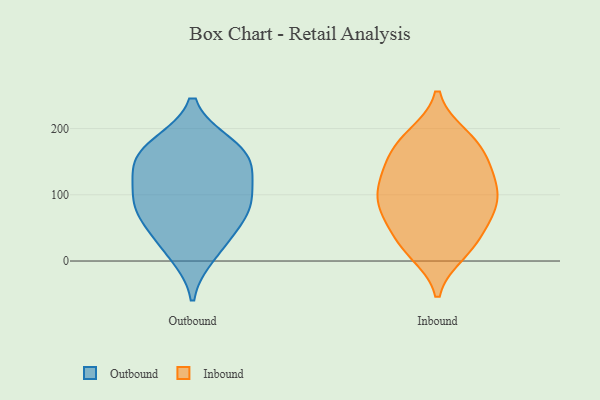
{"axis": {"x": "Satisfaction Score", "y": "Value"}, "legend": ["Inbound", "Outbound"], "data": [{"x": "", "y": 57, "type": "Outbound"}, {"x": "", "y": 82, "type": "Outbound"}, {"x": "", "y": 27, "type": "Outbound"}, {"x": "", "y": 89, "type": "Outbound"}, {"x": "", "y": 140, "type": "Outbound"}, {"x": "", "y": 176, "type": "Outbound"}, {"x": "", "y": 156, "type": "Outbound"}, {"x": "", "y": 154, "type": "Outbound"}, {"x": "", "y": 176, "type": "Outbound"}, {"x": "", "y": 124, "type": "Outbound"}, {"x": "", "y": 10, "type": "Outbound"}, {"x": "", "y": 72, "type": "Outbound"}, {"x": "", "y": 99, "type": "Outbound"}, {"x": "", "y": 17, "type": "Inbound"}, {"x": "", "y": 33, "type": "Inbound"}, {"x": "", "y": 74, "type": "Inbound"}, {"x": "", "y": 28, "type": "Inbound"}, {"x": "", "y": 141, "type": "Inbound"}, {"x": "", "y": 13, "type": "Inbound"}, {"x": "", "y": 182, "type": "Inbound"}, {"x": "", "y": 69, "type": "Inbound"}, {"x": "", "y": 108, "type": "Inbound"}, {"x": "", "y": 189, "type": "Inbound"}, {"x": "", "y": 101, "type": "Inbound"}, {"x": "", "y": 68, "type": "Inbound"}, {"x": "", "y": 184, "type": "Inbound"}, {"x": "", "y": 154, "type": "Inbound"}, {"x": "", "y": 82, "type": "Inbound"}, {"x": "", "y": 95, "type": "Inbound"}, {"x": "", "y": 121, "type": "Inbound"}, {"x": "", "y": 127, "type": "Inbound"}, {"x": "", "y": 160, "type": "Inbound"}]}